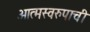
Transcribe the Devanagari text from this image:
आत्मस्वरुपाची